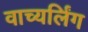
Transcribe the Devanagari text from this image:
वाच्यर्लिंग